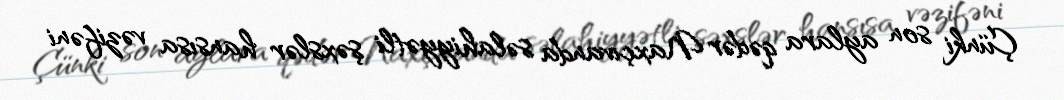
Çünki son aylara qədər Naxçıvanda səlahiyyətli şəxslər hansısa vəzifəni